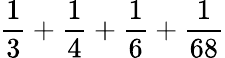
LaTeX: {\frac{1}{3}}+{\frac{1}{4}}+{\frac{1}{6}}+{\frac{1}{68}}